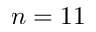
n = 1 1